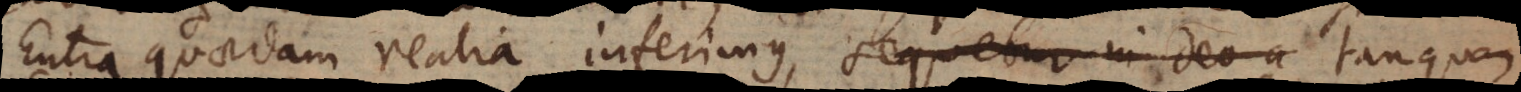
Entia quaedam realia inferimus, sequetur in Deo a tanquam